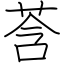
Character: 莟